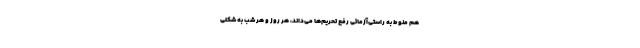
هم منوط به راستی‌آزمائی رفع تحریم‌ها می‌داند، هر روز و هر شب به شکلی